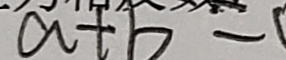
a + b -